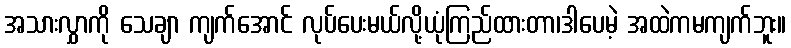
အသားလွှာကို သေချာ ကျက်အောင် လုပ်ပေးမယ်လို့ယုံကြည်ထားတာ၊ဒါပေမဲ့ အထဲကမကျက်ဘူး။